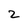
Character: 2